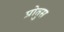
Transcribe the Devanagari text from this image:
प्रोतुस